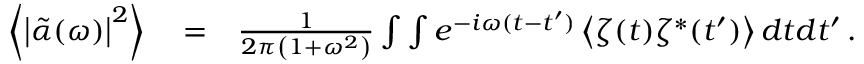
\begin{array} { r l r } { \left\langle \left| \tilde { \alpha } ( \omega ) \right| ^ { 2 } \right\rangle } & { { } = } & { \frac { 1 } { 2 \pi \left( 1 + \omega ^ { 2 } \right) } \int \int e ^ { - i \omega ( t - t ^ { \prime } ) } \left\langle \zeta ( t ) \zeta ^ { * } ( t ^ { \prime } ) \right\rangle d t d t ^ { \prime } \, . } \end{array}